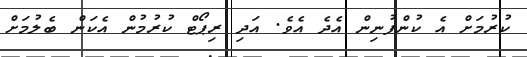
ކުރުމަށް އެ ކުންފުނިން އެދެ އެވެ. އަދި ރިޕޯޓް ކުރުމުން އެކަން ބެލުމަށް